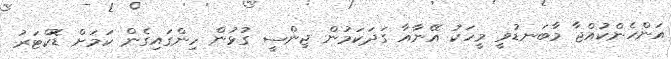
އަންހެންކުއްޖާ މާބަނޑުވީ މީހަކު އޭނާއާ ގަދަކަމުން ޖިންސީ ގުޅުން ހިންގައިގެން ކަމަށް ޑޮކްޓަރު